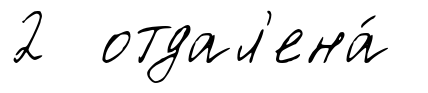
2 отдал'ена́